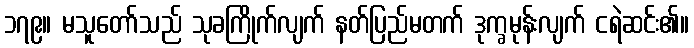
၁၇၉။ မသူတော်သည် သုခကြိုက်လျက် နတ်ပြည်မတက် ဒုက္ခမုန်းလျက် ငရဲဆင်း၏။